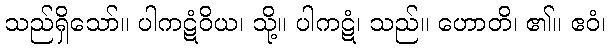
သည်ရှိသော်။ ပါကဋံဝိယ၊ သို့။ ပါကဋံ၊ သည်။ ဟောတိ၊ ၏။ ဧဝံ၊